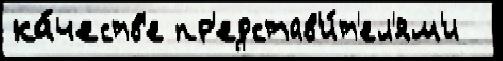
ка́честв'е пр'едстав'и́т'ел'ям'и